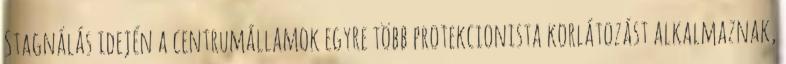
Stagnálás idején a centrumállamok egyre több protekcionista korlátozást alkalmaznak,